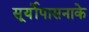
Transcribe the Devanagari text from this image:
सूर्योपासनाके